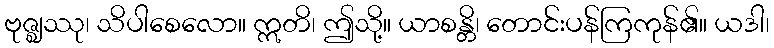
ဗုဇ္ဈဿု၊ သိပါစေလော။ ဣတိ၊ ဤသို့။ ယာစန္တိ၊ တောင်းပန်ကြကုန်၏။ ယဒါ၊